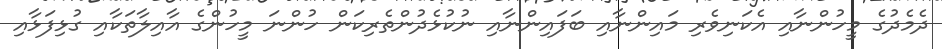
ދެމެދުގެ މީހުންނާއި އެކަނިވެރި މައިންނާއި ބަފައިންނާއި ނުކުޅެދުންތެރިކަން ހުންނަ މީހުންގެ އާއިލާތަކާއި ގުޅިފަޅާއި